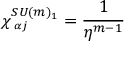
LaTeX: \chi _ { \mathbf { \Lambda } _ { \alpha j } } ^ { S U ( m ) _ { 1 } } = \frac { 1 } { \eta ^ { m - 1 } }